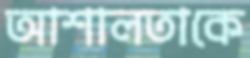
আশালতাকে